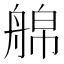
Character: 艊